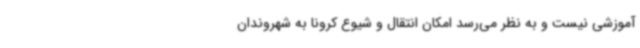
آموزشی نیست و به نظر می‌رسد امکان انتقال و شیوع کرونا به شهروندان